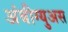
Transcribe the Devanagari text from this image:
अंबीग्युअस